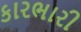
કારભારી